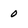
Character: 0